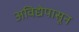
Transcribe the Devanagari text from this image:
अविद्येपासून